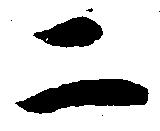
二